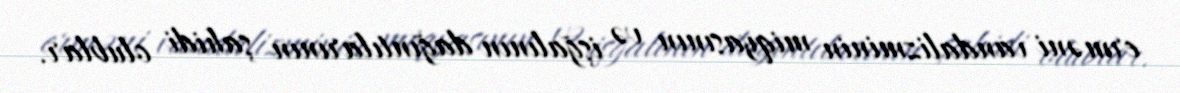
erməni vandalizminin miqyasının və işğalının dağıntılarının şahidi olublar.